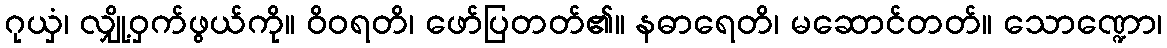
ဂုယှံ၊ လျှို့ဝှက်ဖွယ်ကို။ ဝိဝရတိ၊ ဖော်ပြတတ်၏။ နဓာရေတိ၊ မဆောင်တတ်။ သောဏ္ဍော၊